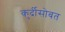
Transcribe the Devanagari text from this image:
कुर्दीसोबत